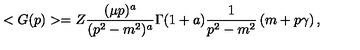
< G ( p ) > = Z \frac { ( \mu p ) ^ { a } } { ( p ^ { 2 } - m ^ { 2 } ) ^ { a } } \Gamma ( 1 + a ) \frac { 1 } { p ^ { 2 } - m ^ { 2 } } \left( m + p \gamma \right) ,